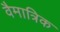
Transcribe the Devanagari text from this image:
वैमात्रिक